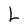
Character: L